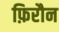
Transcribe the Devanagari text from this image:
फ़िरौन